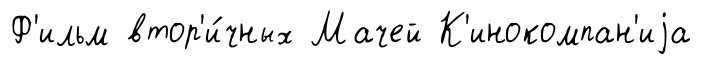
Ф'ильм втор'и́чных Мачей К'инокомпан'иjа